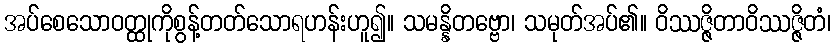
အပ်စေသောဝတ္ထုကိုစွန့်တတ်သောရဟန်းဟူ၍။ သမန္နိတဗ္ဗော၊ သမုတ်အပ်၏။ ဝိဿဇ္ဇိတာဝိဿဇ္ဇိတံ၊